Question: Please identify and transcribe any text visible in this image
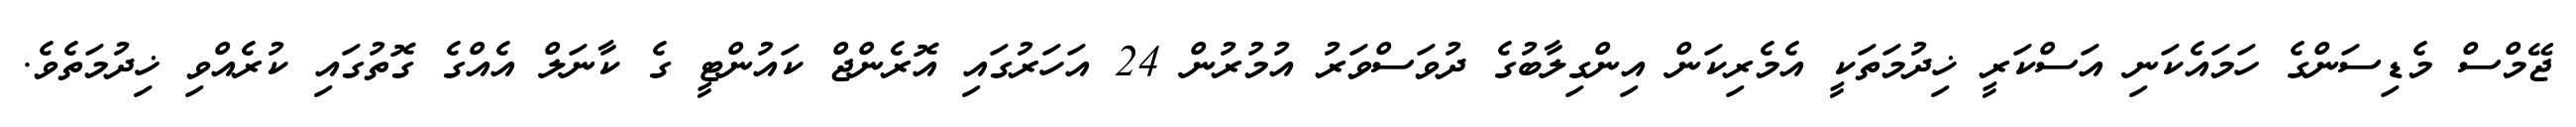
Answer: ޖޭމްސް މެޑިސަންގެ ހަމައެކަނި އަސްކަރީ ޚިދުމަތަކީ އެމެރިކަން އިންގިލާބުގެ ދުވަސްވަރު އުމުރުން 24 އަހަރުގައި އޮރެންޖް ކައުންޓީ ގެ ކާނަލް އެއްގެ ގޮތުގައި ކުރެއްވި ޚިދުމަތެވެ.